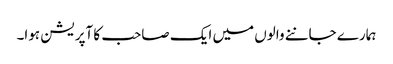
ہمارے جاننے والوں میں ایک صاحب کا آپریشن ہوا۔